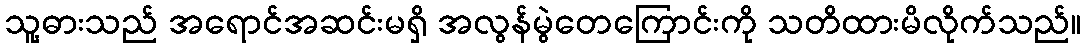
သူ့ဓားသည် အရောင်အဆင်းမရှိ အလွန်မွဲတေကြောင်းကို သတိထားမိလိုက်သည်။